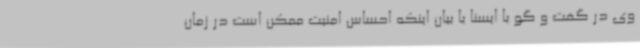
وی در گفت و گو با ایسنا با بیان اینکه احساس امنیت ممکن است در زمان